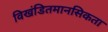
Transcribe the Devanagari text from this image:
विखंडितमानसिकता